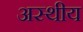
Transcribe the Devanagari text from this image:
अस्थीय